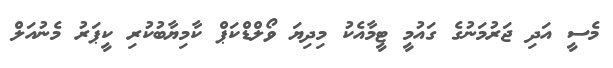
މެސީ އަދި ޖަރުމަނުގެ ގައުމީ ޓީމާއެކު މިދިޔަ ވޯލްޑްކަޕް ކާމިޔާބުކުރި ކީޕަރު މެނުއަލް